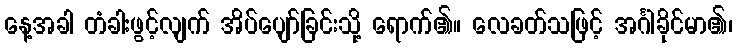
နေ့အခါ တံခါးဖွင့်လျက် အိပ်ပျော်ခြင်းသို့ ရောက်၏။ လေခတ်သဖြင့် အင်္ဂါခိုင်မာ၏၊